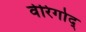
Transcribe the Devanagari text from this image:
वेरिगोद्